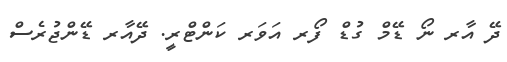
ދޭ އާރ ނޯ ޑޭމް ގުޑް ފޯރ އަވަރ ކަންޓްރީ. ދޭއާރ ޑޭންޖުރެސް